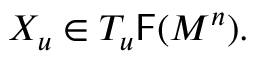
X _ { u } \in T _ { u } { \mathsf { F } } ( M ^ { n } ) .